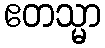
ဧတသ္မာ